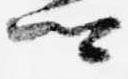
卿